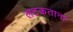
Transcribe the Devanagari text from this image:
लटकताना